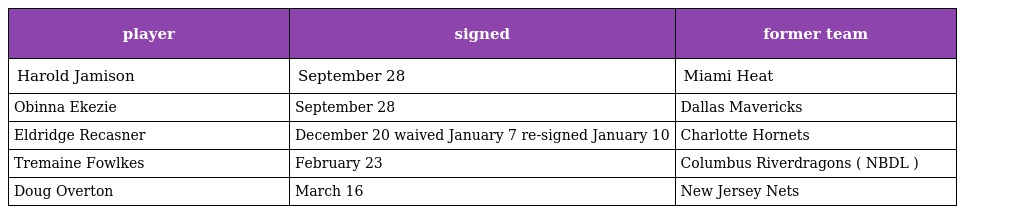
| player | signed | former team |
 | --- | --- | --- |
 | Harold Jamison | September 28 | Miami Heat |
 | Obinna Ekezie | September 28 | Dallas Mavericks |
 | Eldridge Recasner | December 20 waived January 7 re-signed January 10 | Charlotte Hornets |
 | Tremaine Fowlkes | February 23 | Columbus Riverdragons ( NBDL ) |
 | Doug Overton | March 16 | New Jersey Nets |